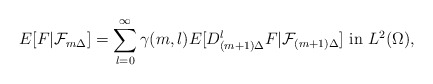
\begin{align*}E[F|\mathcal{F}_{m\Delta }]=\sum_{l=0}^{\infty }\gamma (m,l)E[D_{(m+1)\Delta}^{l}F|\mathcal{F}_{(m+1)\Delta }]~\mbox{in}~L^2(\Omega),\end{align*}